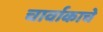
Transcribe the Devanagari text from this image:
चार्वाकाचे